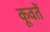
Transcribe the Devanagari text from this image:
कूवतें